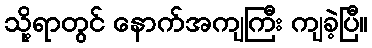
သို့ရာတွင် နောက်အကျကြီး ကျခဲ့ပြီ။